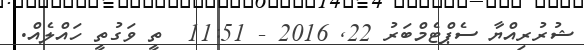
ޝުރުރިއްޔާ ސެޕްޓެމްބަރު 22